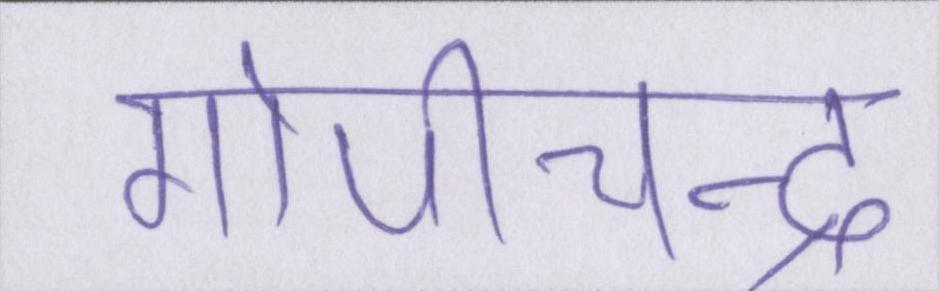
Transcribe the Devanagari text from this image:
गोपीचन्द्र